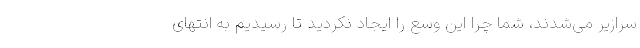
سرازیر می‌شدند، شما چرا این وسع را ایجاد نکردید تا رسیدیم به انتهای